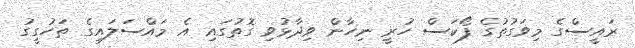
ރައީސްގެ މިވަގުތުގެ ފޯކަސް ހުރީ ނިހާން ވިދާޅުވި ގޮތުގައި އެ މައްސަލައިގެ ތަހުގީގު